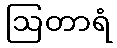
ဩတာရံ